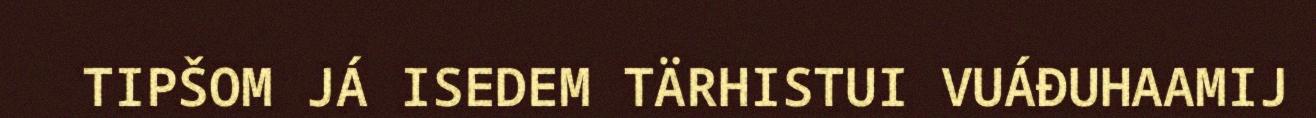
TIPŠOM JÁ ISEDEM TÄRHISTUI VUÁĐUHAAMIJ